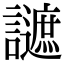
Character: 𧭧